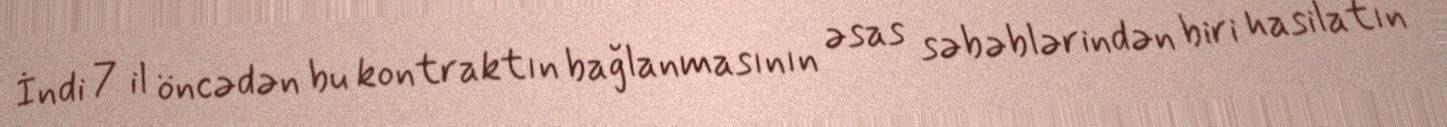
İndi 7 il öncədən bu kontraktın bağlanmasının əsas səbəblərindən biri hasilatın